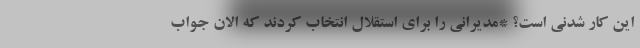
این کار شدنی است؟ *مدیرانی را برای استقلال انتخاب کردند که الان جواب